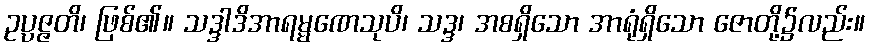
ဥပ္ပဇ္ဇတိ၊ ဖြစ်၏။ သဒ္ဒါဒိအာရမ္မဏေသုပိ၊ သဒ္ဒ၊ အစရှိသော အာရုံရှိသော ဇောတို့၌လည်း။